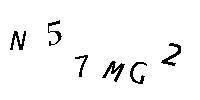
N57MG2